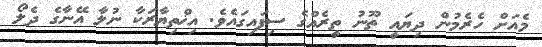
މެއަށް ހެރެމުން ދިޔައީ ތޫނު ތީރެއްގެ ސިފައިގައެވެ. އިޚްތިޔާރަކާ ނުލާ އޭނާގެ ދެލޯ